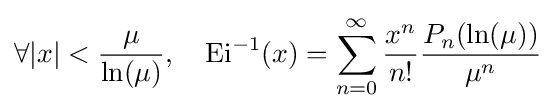
\forall |x|<{\frac {\mu }{\ln(\mu )}},\quad \mathrm {Ei} ^{-1}(x)=\sum _{n=0}^{\infty }{\frac {x^{n}}{n!}}{\frac {P_{n}(\ln(\mu ))}{\mu ^{n}}}